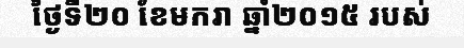
ថ្ងៃទី២០ ខែមករា ឆ្នាំ២០១៥ របស់